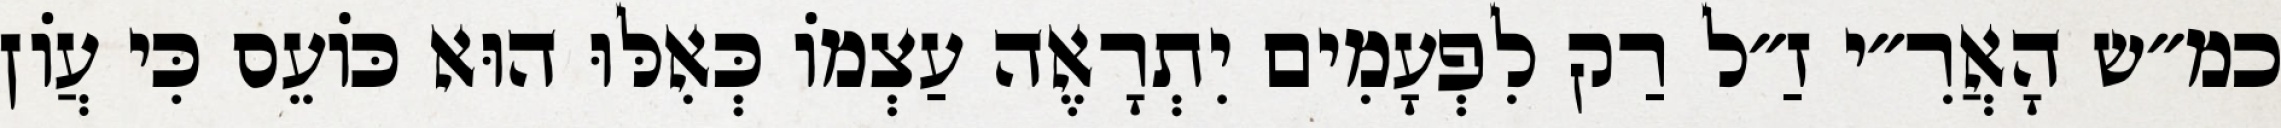
כמ״ש הָאֲרִ״י זַ״ל רַק לִפְעָמִים יִתְרָאֶה עַצְמוֹ כְּאִלּוּ הוּא כּוֹעֵס כִּי עֲוֹן